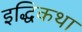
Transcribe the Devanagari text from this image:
इद्धिकथा